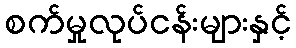
စက်မှုလုပ်ငန်းများနှင့်